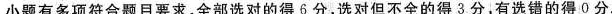
小题有多项符合题目要求，全部选对的得6分，选对但不全的得3分，有选错的得0分，